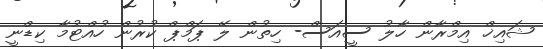
ޝައިޚް އިމްރާން ހާލު ސީއަސް- ހިތުން ލޭ ޕަމްޕް ކުރުން ހުއްޓުމާ ކިޑްނީ